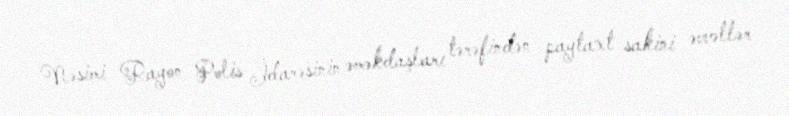
Nəsimi Rayon Polis İdarəsinin əməkdaşları tərəfindən paytaxt sakini əvvəllər